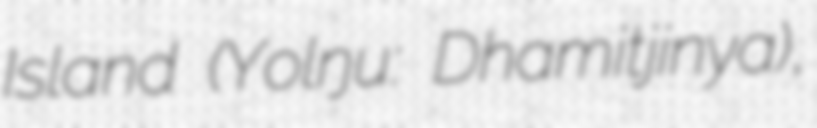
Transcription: Island (Yolŋu: Dhamitjinya),